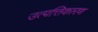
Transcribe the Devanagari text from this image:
उत्पत्तिकारण